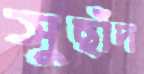
সুছাঁদ